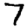
Digit: 7